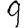
Digit: 9